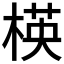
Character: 楧